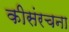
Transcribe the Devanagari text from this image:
कीसंरचना